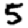
Digit: 5